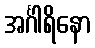
အင်္ဂါရိနော